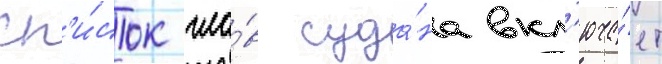
Сп'и́сок гла́в суда́на вкл'юча́ет